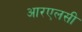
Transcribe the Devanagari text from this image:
आरएलसी